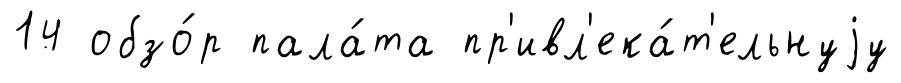
14 обзо́р пала́та пр'ивл'ека́т'ельнуjу